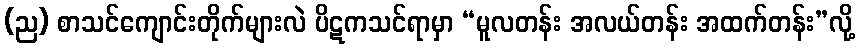
(ည) စာသင်ကျောင်းတိုက်များလဲ ပိဋကသင်ရာမှာ “မူလတန်း အလယ်တန်း အထက်တန်း”လို့